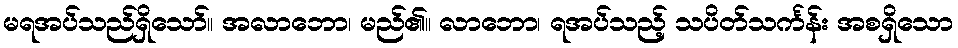
မရအပ်သည်ရှိသော်။ အလာဘော၊ မည်၏။ လာဘော၊ ရအပ်သည့် သပိတ်သင်္ကန်း အစရှိသော